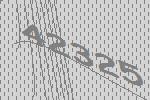
42325